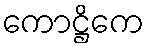
ကောဋ္ဌိကေ